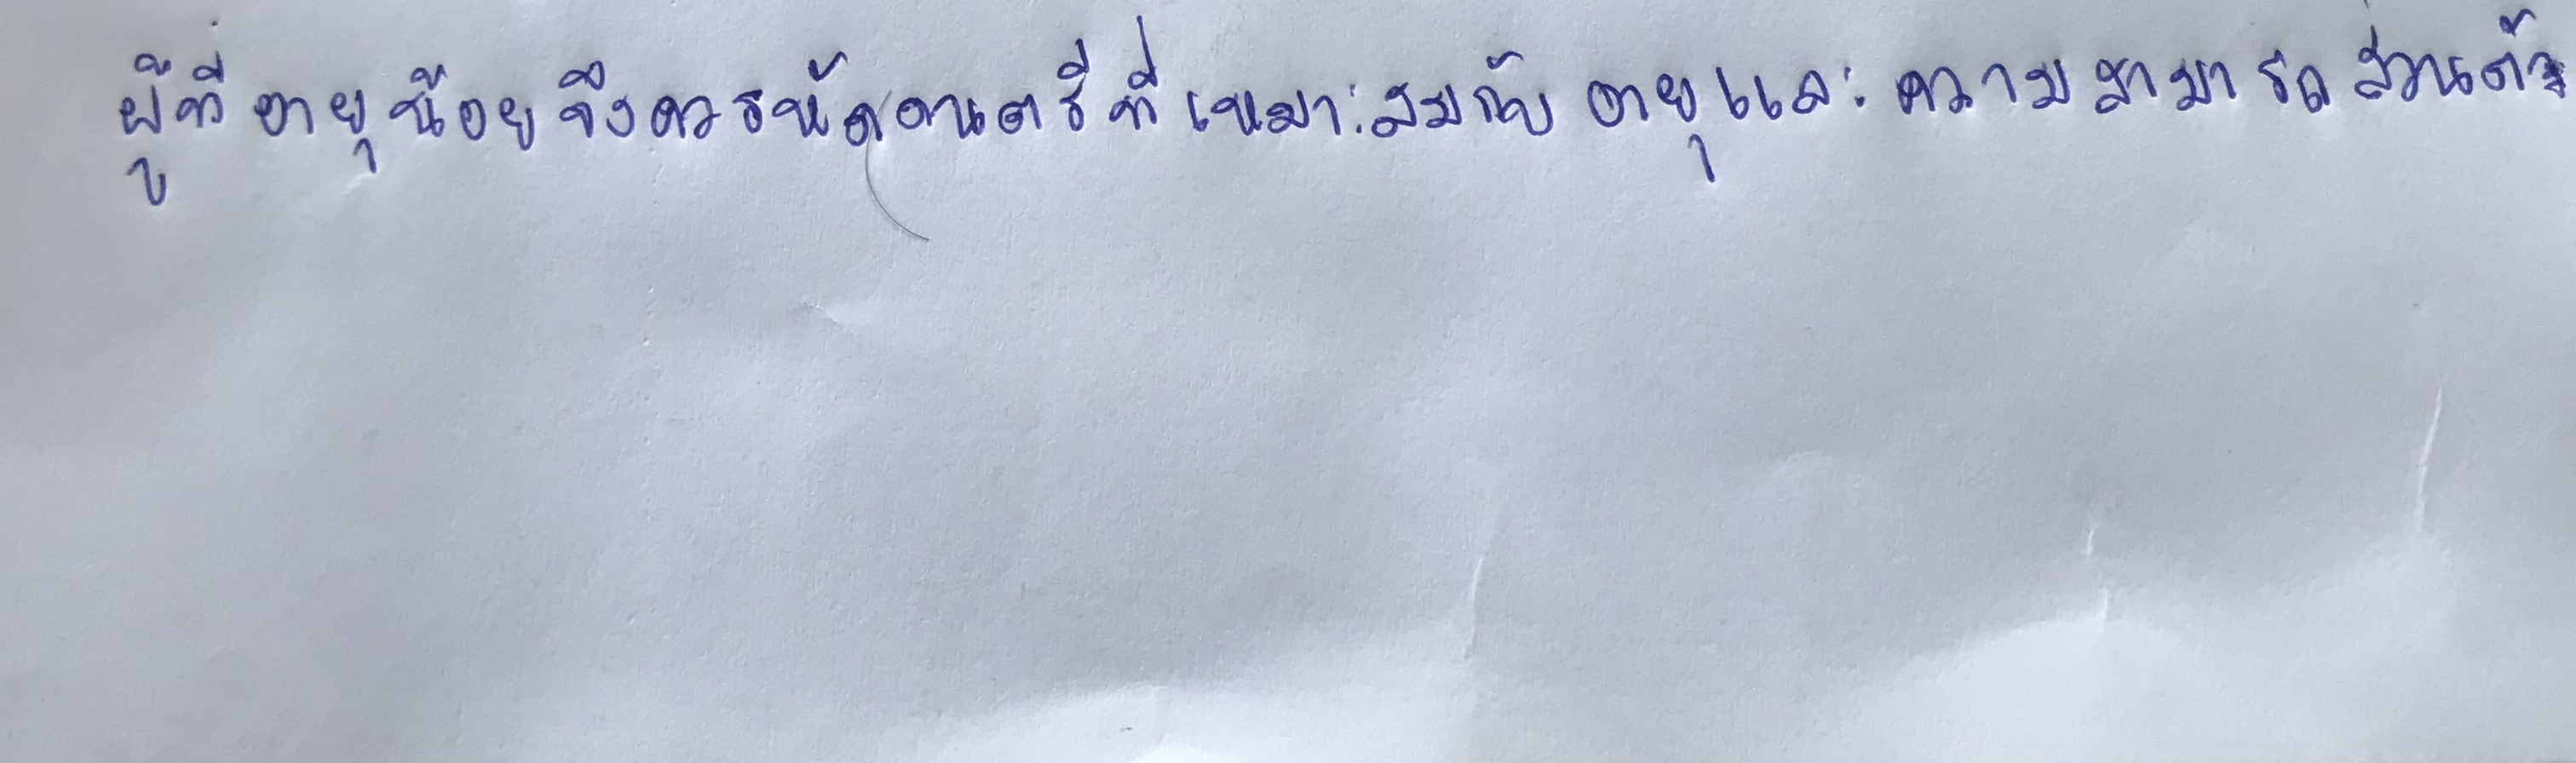
ผู้ที่อายุน้อยจึงควรหัดดนตรีที่เหมาะสมกับอายุและความสามารถส่วนตัว